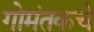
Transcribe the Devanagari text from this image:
गोमंतकचे